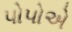
પોપોએ